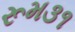
રૂમ૩૧